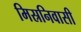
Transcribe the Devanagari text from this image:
मिस्रनिवासी